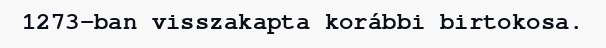
1273-ban visszakapta korábbi birtokosa.